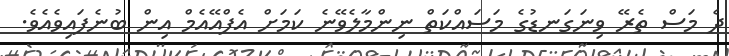
ދެ މަސް ތެރޭ ވިނަގަނޑުގެ މަސައްކަތް ނިންމާލެވޭނެ ކަމަށް އެފްއޭއެމް އިން ބުނެފައިވެއެވެ.